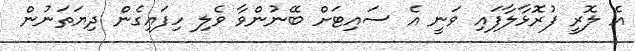
އެ ލޮރީ ފުރޮޅާލާފައި ވަނީ އެ ސައިޓަށް ބޭނުންވާ ވެލި ހިފައިގެން ދިޔަތަނުން